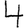
Digit: 4